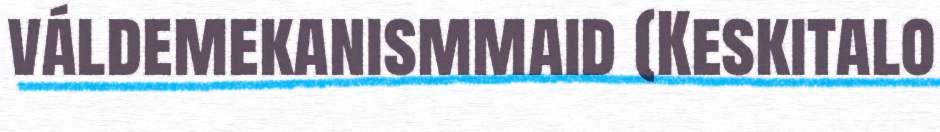
váldemekanismmaid (Keskitalo